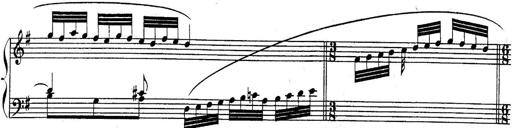
Title: Sonatina for Piano
Composer: BÃ©la BartÃ³k